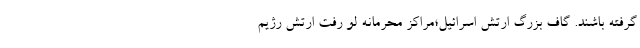
گرفته باشند. گاف بزرگ ارتش اسرائیل؛مراکز محرمانه لو رفت ارتش رژیم